Report on sanitation, dispensaries, and jails in Rajputana for 1916, and on vaccination for the year 1916-1917 - 1916-1917
Year: 1916
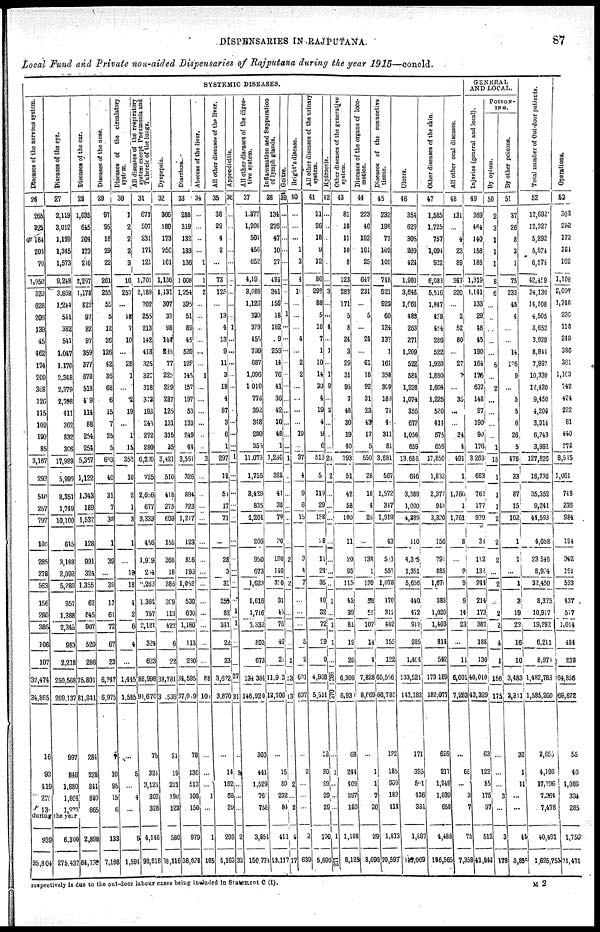
DISPENSARIES IN RAJPUTANA.
87
Local Fund and Private non-aided Dispensaries of Rajputana during the year 1915—concld.
SYSTEMIC DISEASES.
Diseases of the nervous system.
26
265
325
184
206
70
1,050
320
628
206
139
45
462
174
200
368
126
115
109
190
85
3,167
293
540
257
797
100
285
278
563
156
280
386
106
107
32,474
34,865
16
93
419
27
13
Diseases of the eye.
27
2,119
3,012
1,199
1,345
1,573
9,248
3,668
1,244
541
382
541
1,047
1,170
2,348
2,379
2,708
411
362
832
306
17,989
5,999
8,351
1,749
10,100
645
3,188
2,092
5,280
957
1,388
2,345
983
2,218
250,568
269,137
997
846
1,880
1,804
1,223
during the year
939
35,804
6,300
275,437
Diseases of the ear.
28
1,035
645
204
173
210
2,297
1,l78
622
97
82
97
359
377
678
518
419
114
88
254
254
5,357
1,122
1,343
189
1,532
128
991
324
1,355
62
845
907
520
286
75,801
81,841
284
228
841
880
665
2,898
84,738
Diseases of the nose.
29
97
95
18
29
22
261
255
55
5
12
26
126
42
36
68
6
15
7
25
5
683
40
31
7
38
1
39
...
39
11
61
72
67
23
6,247
6,975
7
10
95
15
6
133
7,108
Diseases of the circulatory
system.
30
1
2
2
2
3
10
257
...
12
7
10
...
28
1
...
2
19
...
1
15
352
10
2
1
3
1
...
18
18
4
2
6
4
...
1,445
1,585
...
5
...
4
...
9
1,594
All diseases of the respiratory
system except Pneumonia and
Tubercle of the lungs.
31
671
507
231
171
121
1,701
2,189
702
255
213
142
418
325
327
318
373
193
243
272
280
6,200
725
2,656
677
3,333
456
1,909
24
2,263
1,364
757
2,121
324
623
88,998
91,670
75
321
3,121
303
328
4,148
98,818
Dyspepsia.
32
366
180
173
256
161
1,136
1,131
307
32
98
144
235
77
225
229
237
125
131
315
35
3,421
510
418
275
693
159
368
18
386
309
113
422
6
22
33,781
3 ,536
21
19
221
196
123
580
38,116
Diarrhœa.
33
288
319
132
133
136
1008
1,254
395
51
89
45
520
129
145
257
197
53
133
249
44
3,561
326
894
323
1,217
123
856
195
1,052
530
630
1,160
113
230
34,595
37,09
78
130
513
108
150
979
38,028
Abscess of the liver.
34
...
...
...
...
1
1
2
...
...
...
...
...
...
1
...
...
...
...
...
...
3
...
...
...
...
...
...
...
...
...
...
...
...
...
88
10,
...
...
...
1
...
1
105
All other diseases of the liver.
35
38
29
4
2
...
73
125
...
13
4
13
9
11
3
18
4
87
3
6
1
297
19
51
17
71
...
28
3
31
259
32
341
22
23
3,672
3,870
...
14
182
68
29
293
4,163
Appendicitis.
36
...
...
...
...
...
...
...
...
...
1
...
...
...
...
...
...
...
...
...
...
1
...
...
...
...
...
...
...
...
...
1
1
...
...
27
31
...
8
...
...
...
2
33
All other diseases of the diges-
tive system.
37
1,377
1,206
501
456
652
4,19
3,088
1,126
330
329
455
799
687
1,096
1010
778
392
348
280
355
11,073
1,755
3,429
835
4,264
266
950
673
1,623
1,616
1,716
3,332
803
673
134 384
146,920
360
441
1,529
76
758
3,854
150,774
Inflammation and Suppuration
of lymph glands.
38
134
276
47
10
27
494
341
156
18
182
9
256
14
76
41
36
42
10
48
1
1,230
388
41
38
79
30
190
140
330
31
45
76
46
2
11,9 3
12,706
...
15
80
232
84
411
13,117
Goitre.
39
...
...
...
...
...
...
...
...
1
...
...
...
...
...
...
...
...
...
...
...
1
...
...
...
...
...
2
...
2
...
...
...
...
1
13
13
...
...
2
...
2
4
17
Bright's disease.
40
...
...
...
1
3
4
10
...
...
...
4
...
2
2
...
...
...
...
19
...
37
4
9
6
15
...
3
4
7
...
...
...
5
2
601
637
...
2
...
...
...
2
639
All other diseases of the urinary
system.
41
21
26
18
9
12
86
298
88
5
18
7
1
10
14
30
4
19
4
9
6
513
5
119
29
158
28
11
24
35
40
32
72
29
9
4,968
5,511
12
20
89
29
29
179
5,690
Hydrocele.
42
...
...
...
...
...
...
3
...
...
4
...
1
...
1
9
...
2
...
...
...
20
2
...
...
...
...
...
...
...
1
...
1
1
...
266
270
...
1
...
...
...
1
271
Other diseases of the generative
system.
43
81
18
11
10
8
123
283
171
5
8
24
3
29
31
95
7
48
30
19
40
793
51
42
58
100
11
20
95
115
42
39
81
19
20
6,309
6,931
68
244
409
297
180
1,198
8,128
Diseases of the organs of loco-
motion.
44
223
46
192
161
25
647
231
...
5
...
24
...
61
18
92
31
23
43
17
5
550
28
18
4
22
...
138
1
139
56
51
107
14
4
7,828
8,669
...
1
1
7
20
29
8,693
Diseases of the connective
tissue.
45
232
198
77
102
108
718
921
922
60
124
137
1
161
358
309
180
74
4
311
81
3,681
567
1,572
347
1,919
43
521
557
1,078
170
312
482
155
122
65,556
68,780
122
185
909
183
414
1,813
70,593
Ulcers.
46
354
629
305
269
424
1,981
3,648
1,661
483
263
271
1,209
522
584
1,228
1,074
356
672
1,056
659
13,686
616
3,389
1,000
4,389
110
4,35
1,351
5,656
440
472
912
285
1,404
133,521
143,182
171
395
50l
436
384
1,887
145,069
Other diseases of the skin.
47
1,585
1,725
757
1,094
922
6,083
5,516
1,847
428
454
286
522
1,920
1,880
1,604
1,225
520
414
575
659
17,850
1,833
2,377
943
3,320
156
791
885
1,670
383
1,020
1,403
814
542
173189
182,077
626
217
1,948
1,039
658
4,488
186,565
All other local diseases.
48
131
...
4
23
89
247
220
...
2
52
80
...
27
7
...
35
...
...
34
4
491
1
l,760
1
1,761
8
...
9
9
9
14
23
...
11
6,001
7,283
...
65
...
3
7
75
7,358
GENERAL
AND LOCAL.
Injuries
(general and local).
49
369
464
140
158
188
1,319
1,141
133
29
48
45
190
164
176
637
148
97
190
90
176
3,263
683
762
177
939
33
112
132
244
214
173
387
188
130
40,010
43,329
63
122
55 175
97
512
43,841
POISON-
---.
By opium.
50
2
3
1
1
1
8
6
...
...
...
...
...
6
...
2
...
...
...
...
1
15
1
1
1
2
2
2
...
2
...
...
2
4
1
156
175
...
...
...
3
...
3
178
By other poisons.
51
37
26
8
3
1
75
233
45
4
...
...
14
126
9
...
5
5
6
26
5
478
33
87
15
102
1
1
...
1
3
19
22
16
10
3,483
3,311
32
1
11
...
...
44
3,855
Total number of Out-door patients.
52
12,692
12,327
5,292
5,574
6,574
42,459
34,136
14,108
4,505
3,652
3,929
8,944
7,997
10,330
12,420
9,450
4,206
3,914
6,243
3,992
127,826
18,736
35,352
9,241
44,593
4,058
23 546
8,904
32,450
8,375
10,917
19,292
6,211
8,971
1,482,783
1,585,260
3,656
4,198
17,796
7,364
7,478
40,491
1,625,751
Operations.
53
308
282
172
184
162
1,108
2,097
1,748
236
118
249
386
361
1,163
742
424
222
81
440
278
8,515
1,061
748
236
984
194
342
191
533
437
577
1,014
484
239
64,356
69,672
55
46
1,089
334
285
1,759
71,431
respectively is due to the out-door labour cases being included in Statement C (I).
M 2